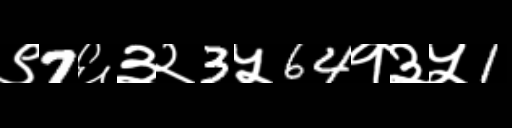
Text: ९7६३२3५64१३५1